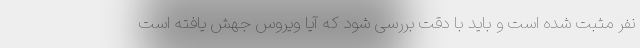
نفر مثبت شده است و باید با دقت بررسی شود که آیا ویروس جهش یافته است